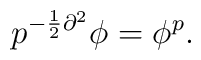
p^{-\frac{1}{2}\partial^2}\phi=\phi^p.